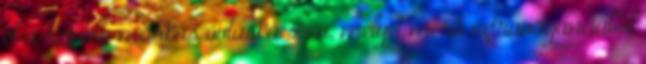
el a szintén márkás övtáska sem, melyet merő extravaganciából